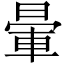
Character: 暈